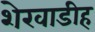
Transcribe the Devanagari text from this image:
शेरवाडीह